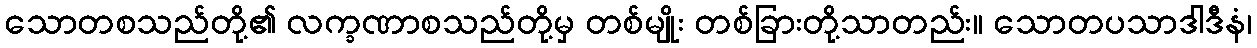
သောတစသည်တို့၏ လက္ခဏာစသည်တို့မှ တစ်မျိုး တစ်ခြားတို့သာတည်း။ သောတပသာဒါဒီနံ၊